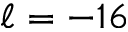
\ell = - 1 6